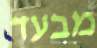
מבעד